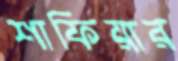
শাফিয়ার